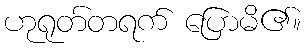
ဟုရုတ်တရက် ပြောမိ၏။